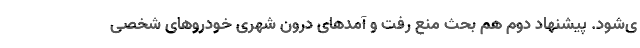
ی‌شود. پیشنهاد دوم هم بحث منع رفت و آمدهای درون شهری خودروهای شخصی